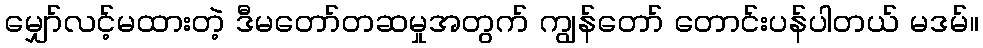
မျှော်လင့်မထားတဲ့ ဒီမတော်တဆမှုအတွက် ကျွန်တော် တောင်းပန်ပါတယ် မဒမ်။